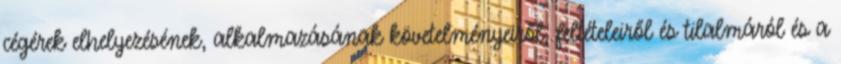
cégérek elhelyezésének, alkalmazásának követelményeiről, feltételeiről és tilalmáról és a